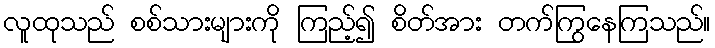
လူထုသည် စစ်သားများကို ကြည့်၍ စိတ်အား တက်ကြွနေကြသည်။